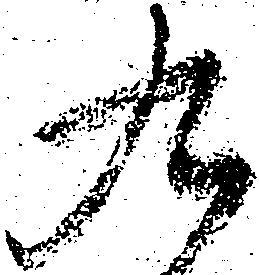
九